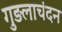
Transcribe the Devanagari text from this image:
गुड़लाचंदन